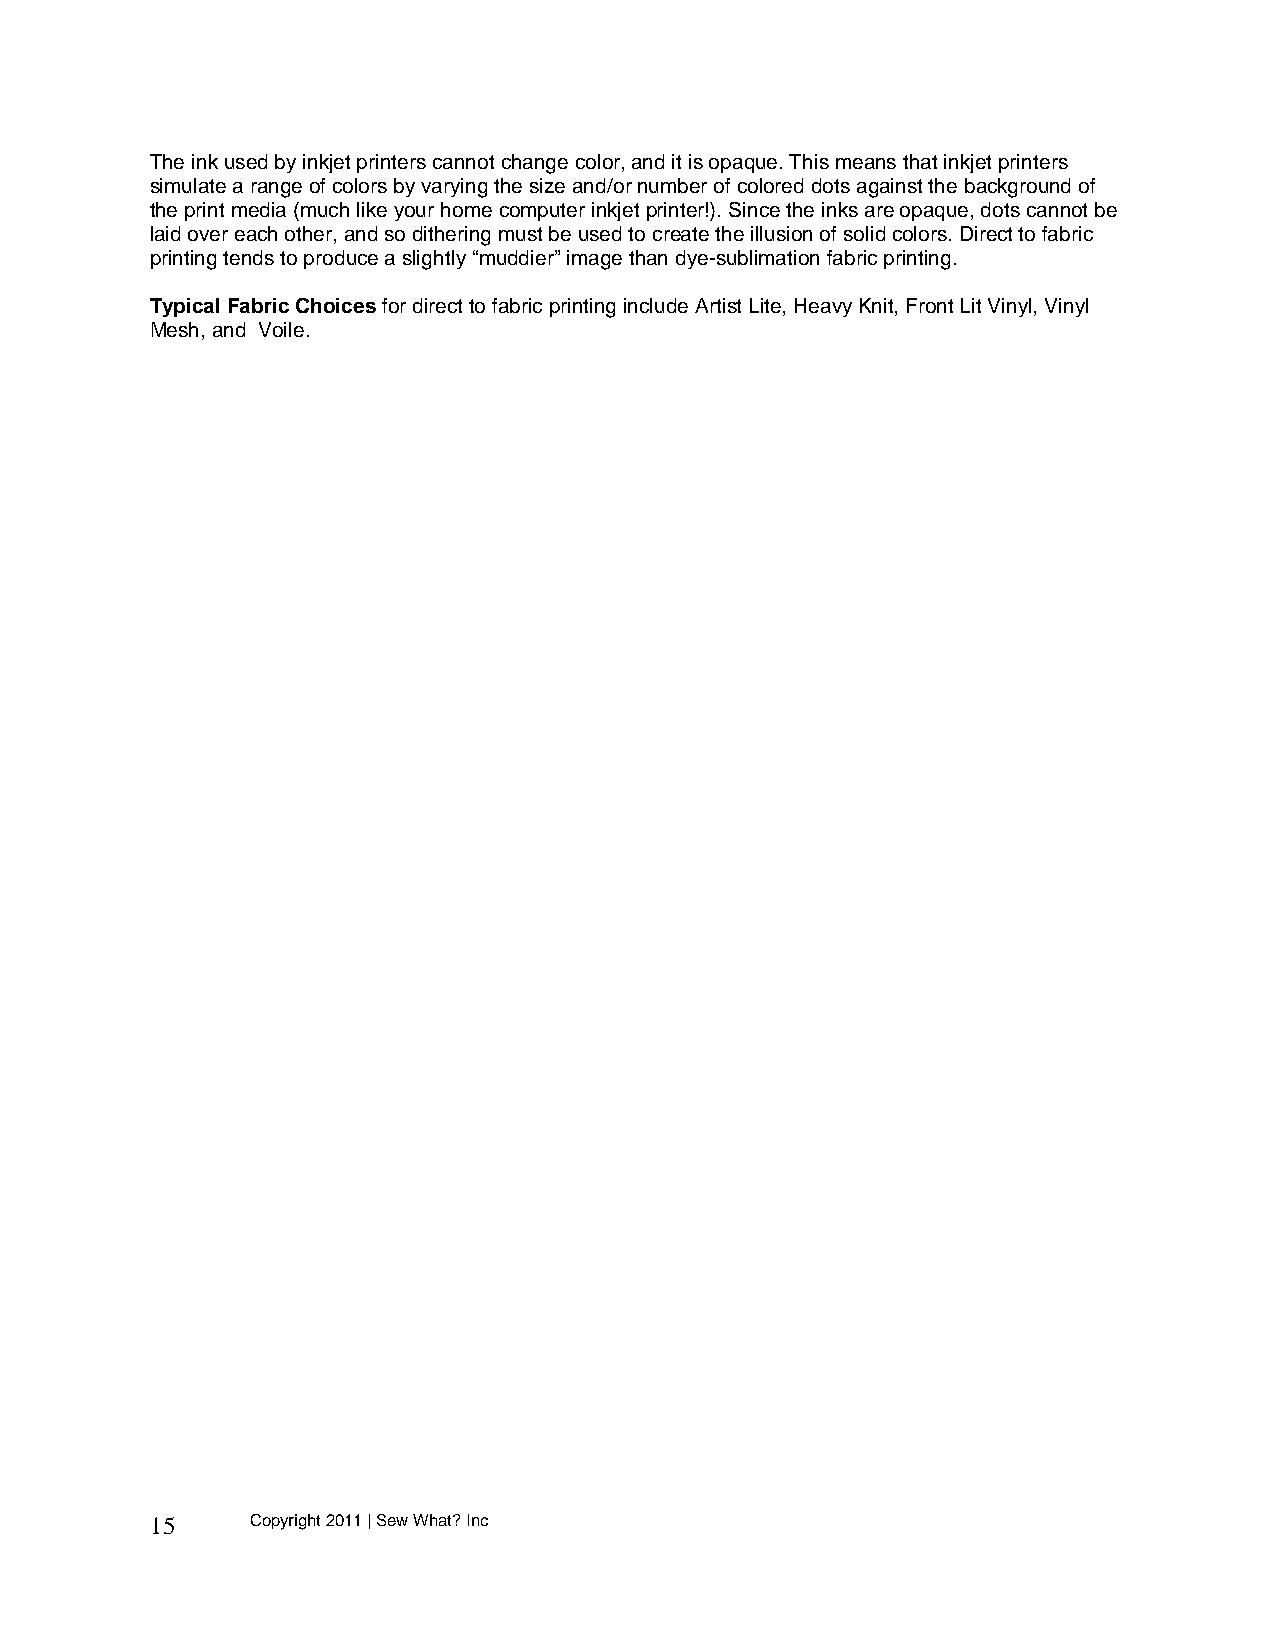
The ink used by inkjet printers cannot change color, and it is opaque. This means that inkjet printers
 simulate a range of colors by varying the size and/or number of colored dots against the background of
 the print media (much like your home computer inkjet printer!). Since the inks are opaque, dots cannot be
 laid over each other, and so dithering must be used to create the illusion of solid colors. Direct to fabric
 printing tends to produce a slightly “muddier” image than dye-sublimation fabric printing.
 Typical Fabric Choices for direct to fabric printing include Artist Lite, Heavy Knit, Front Lit Vinyl, Vinyl
 Mesh, and Voile.
 15     Copyright 2011 | Sew What? Inc